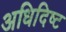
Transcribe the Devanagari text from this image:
अधिदिष्ट